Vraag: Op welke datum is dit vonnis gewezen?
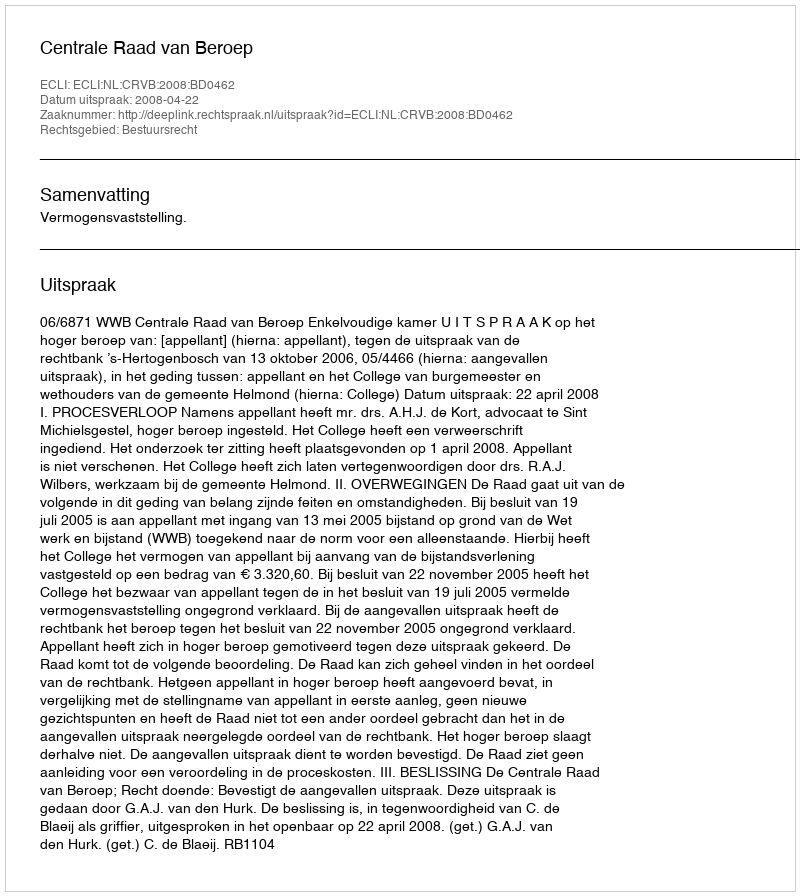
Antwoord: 2008-04-22